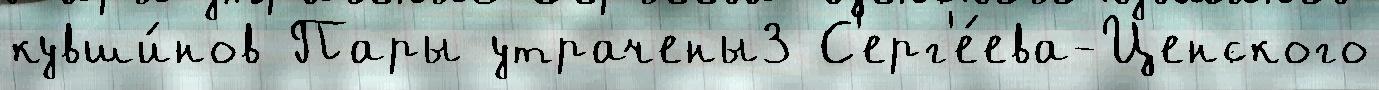
кувши́нов Пары утрачены3 С'ерг'е́ева-Ценского